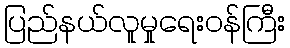
ပြည်နယ်လူမှုရေးဝန်ကြီး